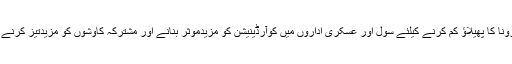
اجلاس میں کورونا کا پھیلاؤ کم کرنے کیلئے سول اور عسکری اداروں میں کوآرڈینیشن کو مزیدموثر بنانے اور مشترکہ کاوشوں کو مزیدتیز کرنے پر اتفاق کیاگیا۔